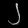
Digit: ၂